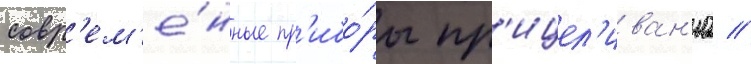
совр'ем'е́нные пр'ибо́ры пр'ицел'иван'иа //